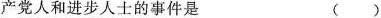
产党人和进步人士的事件是 ()